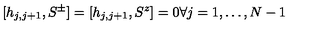
[ h _ { j , j + 1 } , S ^ { \pm } ] = [ h _ { j , j + 1 } , S ^ { z } ] = 0 \forall j = 1 , \ldots , N - 1